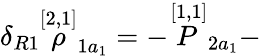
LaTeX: \delta_{R1}\stackrel{[2,1]}{\rho}_{1a_{1}}=-\stackrel{[1,1]}{P}_{2a_{1}}-